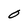
Character: O